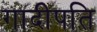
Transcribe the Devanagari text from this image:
गादीपति